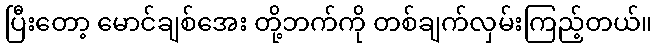
ပြီးတော့ မောင်ချစ်အေး တို့ဘက်ကို တစ်ချက်လှမ်းကြည့်တယ်။